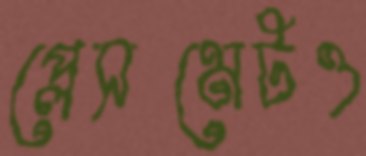
প্লেসমেটও